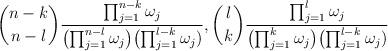
LaTeX: \begin{align*}\binom{n-k}{n-l}\frac{\prod_{j=1}^{n-k}{\omega_j}}{\bigl(\prod_{j=1}^{n-l}\omega_j\bigr)\bigl(\prod_{j=1}^{l-k}\omega_j)},\binom{l}{k}\frac{\prod_{j=1}^{l}{\omega_j}}{\bigl(\prod_{j=1}^k\omega_j\bigr)\bigl(\prod_{j=1}^{l-k}\omega_j)}\end{align*}